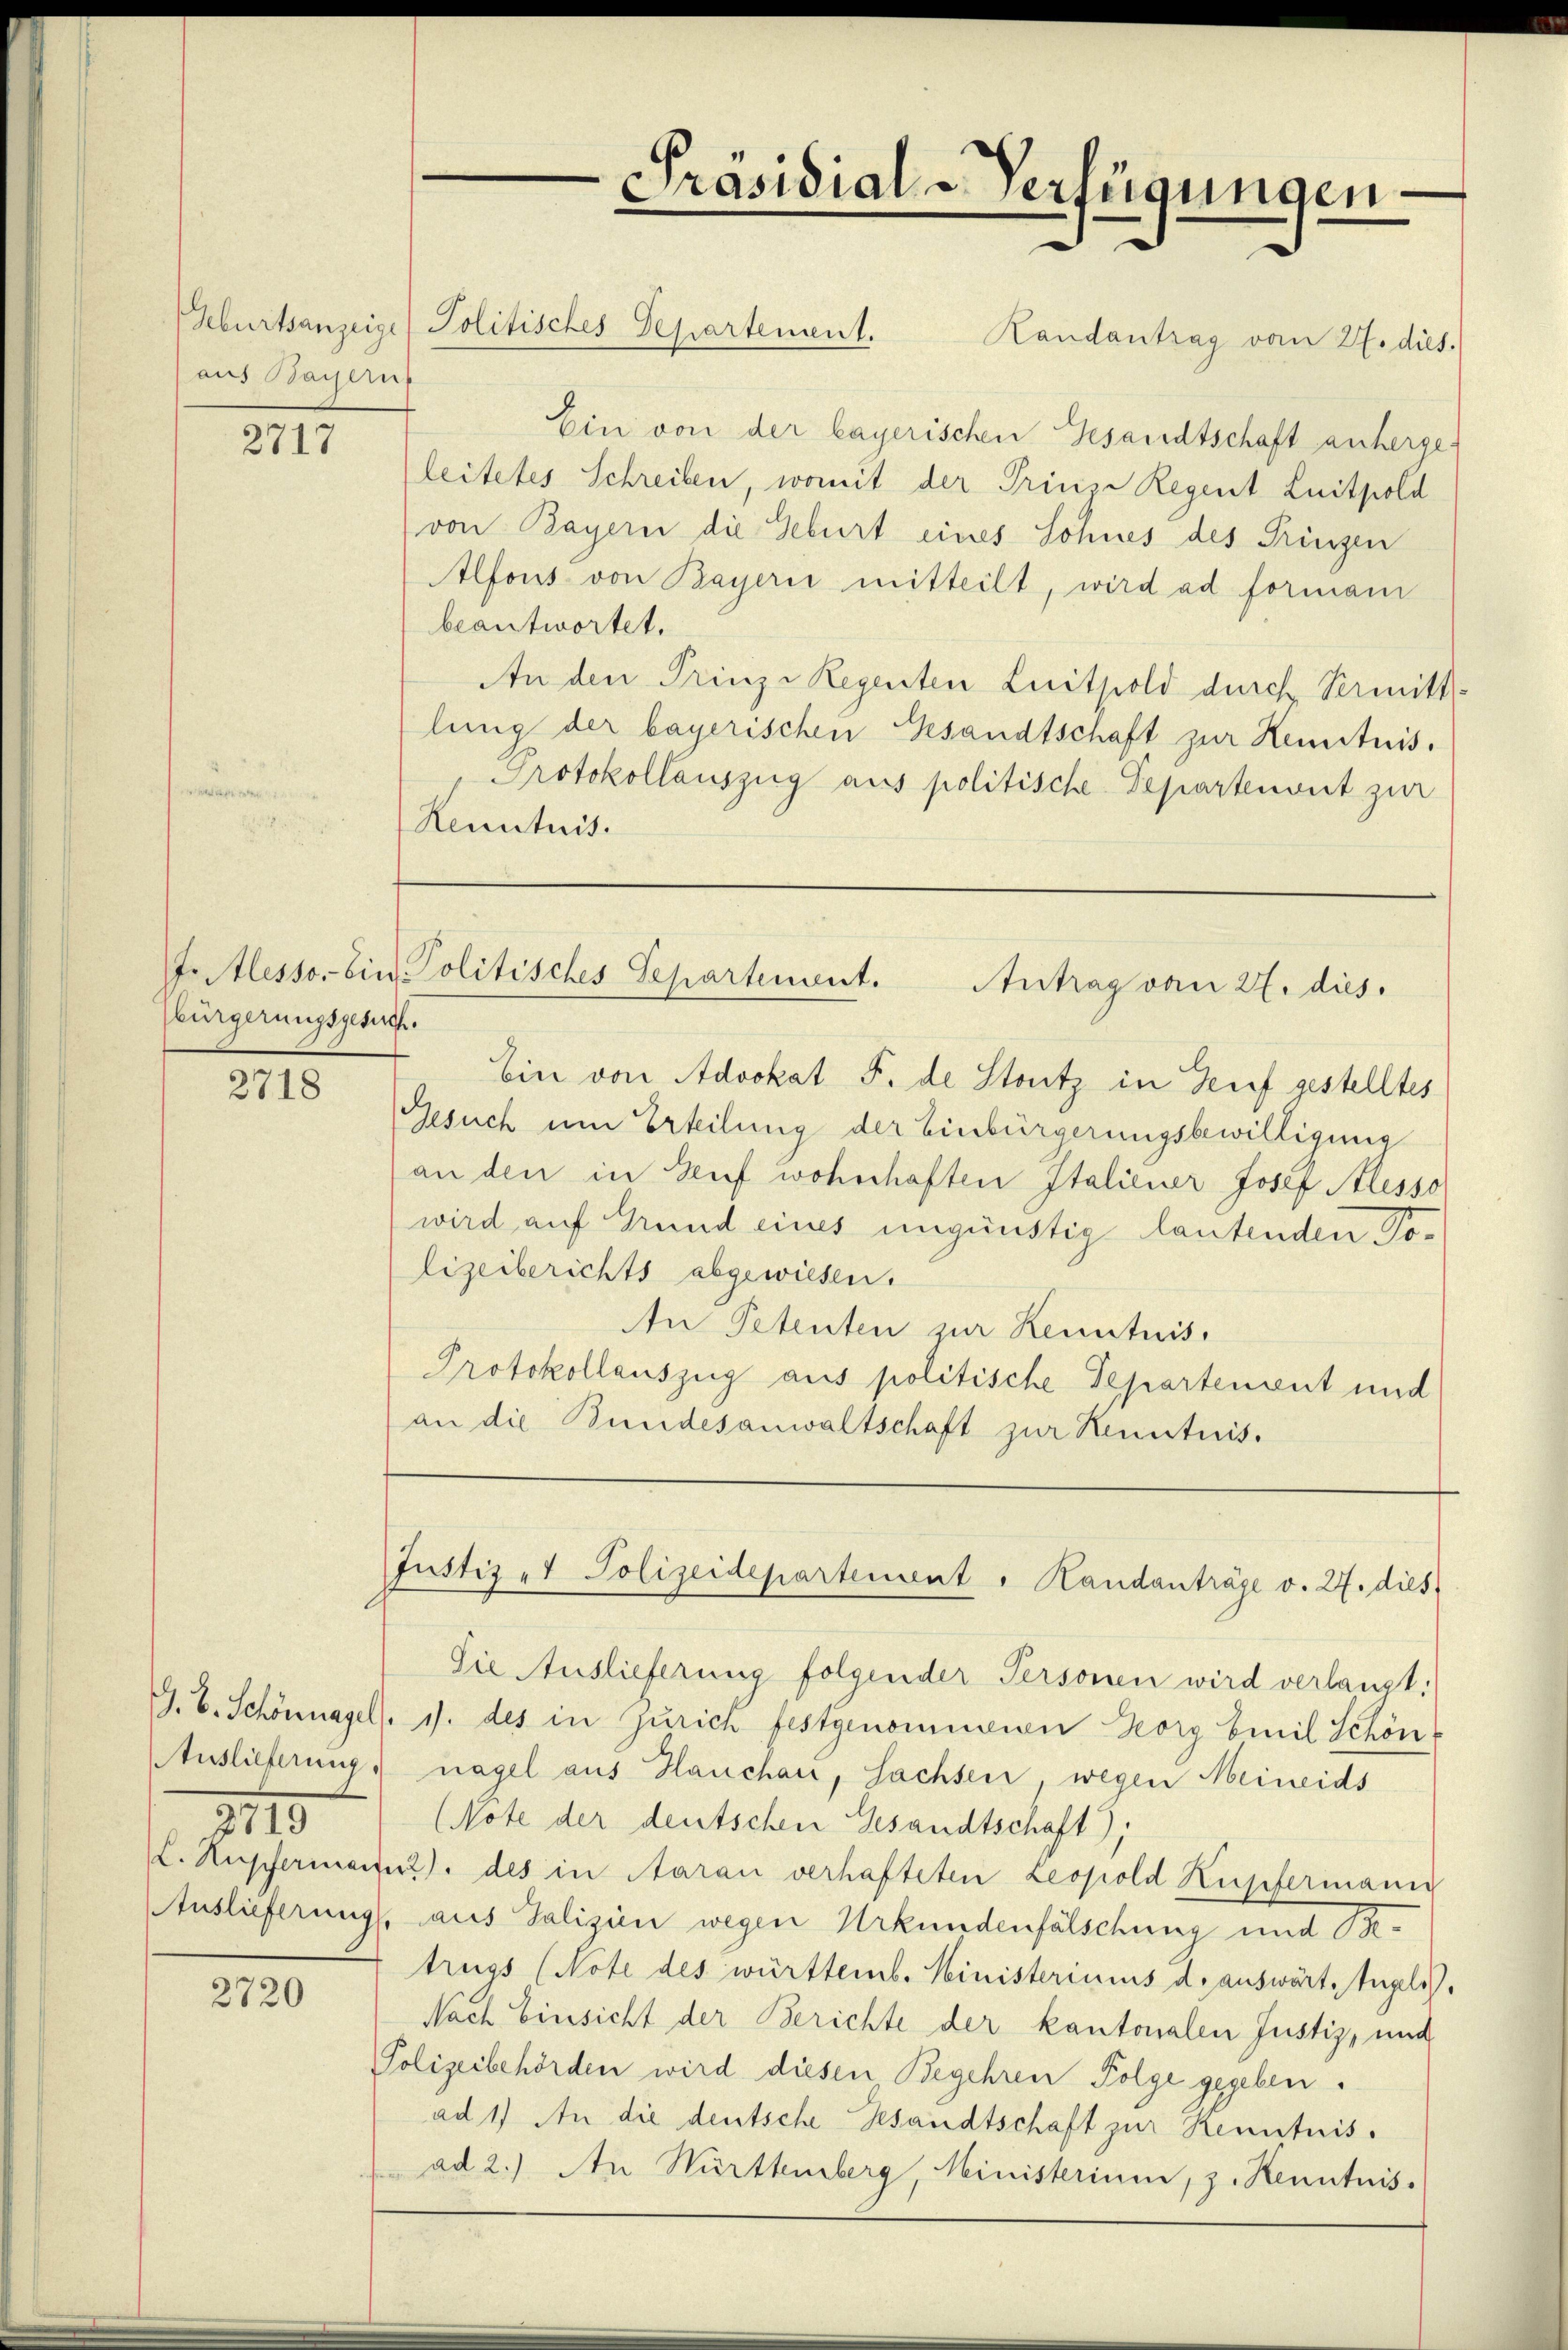
aus Baierns

2717

bürgerungsgesuch.

2718

2110

2720

Präsidial-Verfügungen
.

Geburtsanzeige Politisches Departement.
Randantrag vom 27. dies.
Ein von der bayerischen Gesandtschaft anherge-
leitetes Schreiben, womit der Prinze Regent Luitpold
(von Bayern die Geburt eines Sohnes des Ringen
Alfons von Bayerii mitteilt, wird ad formani
beantwortet.
An den Prinzi Regenten Luitpold durch Vermittlung der bayerischen Gesandtschaft zur Kenntnis.
Protokollauszug aus politische Departenvet zur
Renntnis.

Irtlesso. Ein Politisches Separtement. Antrag vom 27. dies.

Ein von Advokat F. de Stutz in Genf gestelltes
Gesuch um Erteilung der Einbürgerungsbewilligung
an den in Genf wohnhaften Italiener Josef Alesso
wird auf Grund eines ungünstig lautenden Polizeiberichts abgewiesen.
An Petenten zur Kenntnis.
Protokollauszug aus politische Departement und
an die Bundesanwaltschaft zur Kenntnis.

Justiz - Polizeidepartement . Handanträge v. 27. dies

Die Auslieferung folgender Personen wird verlangt.
G. B. Schönnagel. J. des in Zürich festgenommenen Georg Emil Schön
Auslieferung, nagel aus Hauchen, Sachsen, wegen Meineids
(Note der deutschen Gesandtschaft);
L. Rupfermaier), des in Aarau verhafteten Leopold Kupfermann
Auslieferung, aus Salizien wegen Urkundenfälschung und Betrugs (Note des württemb. Ministeriums d. auswärte Angelis.
Nach Einsicht der Berichte der kantonalen Justiz, und
Polizeibehörden wird diesen Begehren Folge gegeben.
ad 1) An die deutsche Gesandtschaft zur Kenntnis.
ad 2.) An Württemberg, Ministerium, z. Kenntnis.